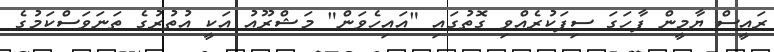
ރައީސް ޔާމީން ފާހަގަ ސިފަކުރެއްވި ގޮތުގައި "އައިހެވަން" މަޝްރޫއު އަކީ އުތުރުގެ ތަނަވަސްކަމުގެ